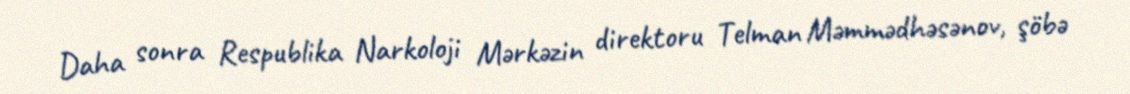
Daha sonra Respublika Narkoloji Mərkəzin direktoru Telman Məmmədhəsənov, şöbə